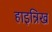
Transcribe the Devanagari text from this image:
हाइन्रिख